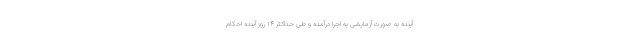
آینده به صورت آزمایشی به اجرا درآمده و طی حداکثر ۱۴ روز آینده احکام